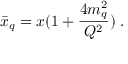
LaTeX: \bar { x } _ { q } = x ( 1 + { \frac { 4 m _ { q } ^ { 2 } } { Q ^ { 2 } } } ) \; .